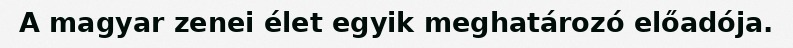
A magyar zenei élet egyik meghatározó előadója.